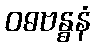
ဝဓဗန္ဓနံ